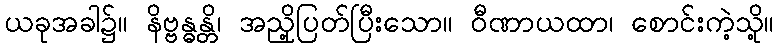
ယခုအခါ၌။ နိဗ္ဗန္ဓန္တိ၊ အညှို့ပြတ်ပြီးသော။ ဝီဏာယထာ၊ စောင်းကဲ့သို့။